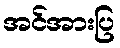
အင်အားပြ